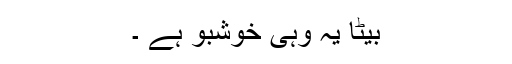
بیٹا یہ وہی خوشبو ہے ۔